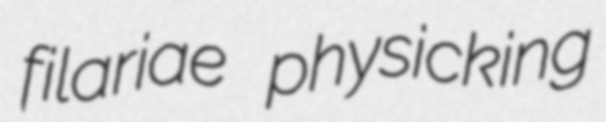
filariae physicking